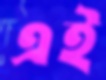
এই